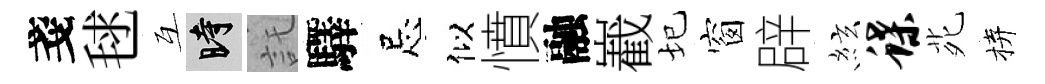
戔毬互时託驛忌似憤融嶻圮窗辟絃蝶𫟍拚